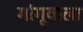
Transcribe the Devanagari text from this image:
गांगूवाला